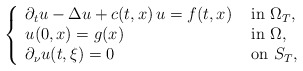
\begin{align*} \left\{ \begin{array}{ll} \partial_t u - \Delta u + c(t,x) \, u = f(t,x) & \mbox{ in } \Omega_T, \\ u(0,x) = g(x) & \mbox{ in } \Omega,\\ \partial_\nu u(t,\xi) = 0 & \mbox{ on } S_T, \end{array} \right.\end{align*}